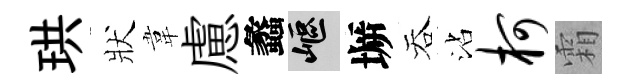
珙狀韋慮蠡嶇󶱲吞沾柯霜